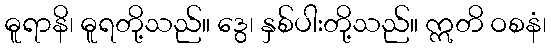
ဓူရာနိ၊ ဓူရတို့သည်။ ဒွေ၊ နှစ်ပါးတို့သည်။ ဣတိ ဝစနံ၊